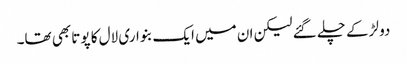
دو لڑکے چلے گئے لیکن ان میں ایک بنواری لال کا پوتا بھی تھا۔